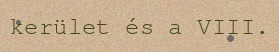
kerület és a VIII.